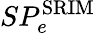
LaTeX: SP_{e}^{\mathrm{SRIM}}